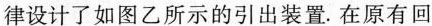
律设计了如图乙所示的引出装置。在原有回